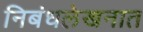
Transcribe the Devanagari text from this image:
निबंधलेखनात